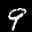
Label: 9